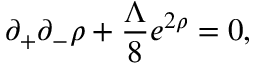
\partial _ { + } \partial _ { - } \rho + \frac { \Lambda } { 8 } e ^ { 2 \rho } = 0 ,